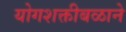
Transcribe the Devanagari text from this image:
योगशक्तीबळाने